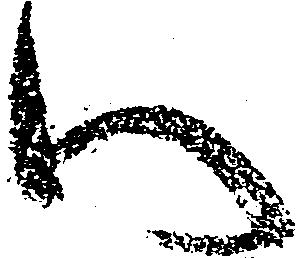
い